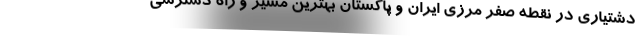
دشتیاری در نقطه صفر مرزی ایران و پاکستان بهترین مسیر و راه دسترسی